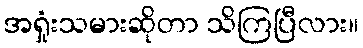
အရှုံးသမားဆိုတာ သိကြပြီလား။